Scottish Leaving Certificate Examination, 1959
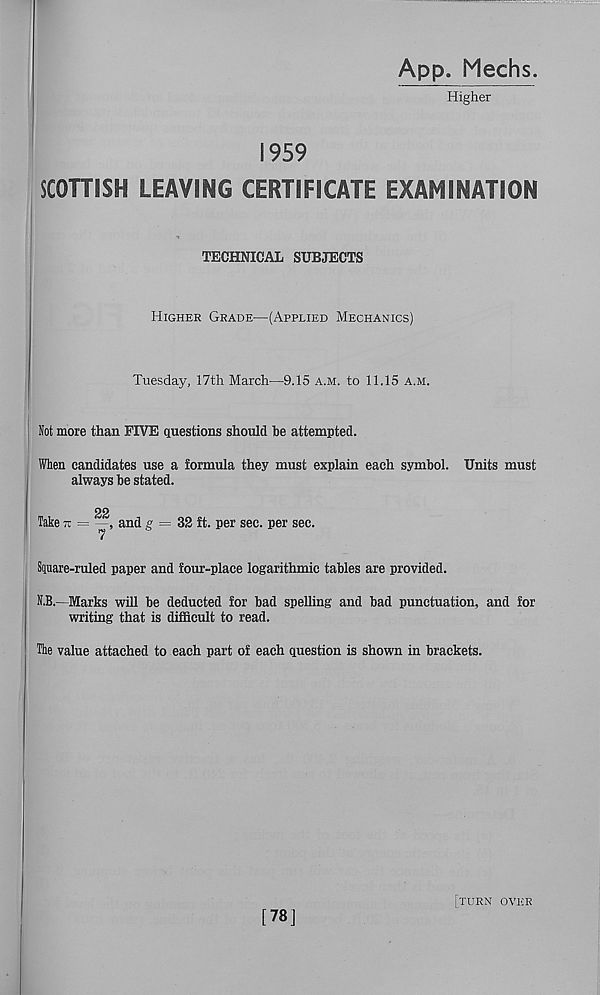
App. Mechs.
Higher
1959
SCOTTISH LEAVING CERTIFICATE EXAMINATION
TECHNICAL SUBJECTS
Higher Grade—(Applied Mechanics)
Tuesday, 17th March—9.15 a.m. to 11.15 a.m.
Not more than FIVE questions should be attempted.
When candidates use a formula they must explain each symbol. Units must
always be stated.
Take - =
and g = 32 ft. per sec. per sec.
Square-ruled paper and four-place logarithmic tables are provided.
N.B.—Marks will be deducted for bad spelling and bad punctuation, and for
writing that is difficult to read.
The value attached to each part of each question is shown in brackets.
[78]
[turn over